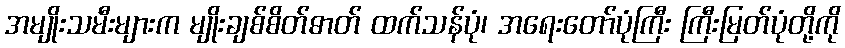
အမျိုးသမီးများက မျိုးချစ်စိတ်ဓာတ် ထက်သန်ပုံ၊ အရေးတော်ပုံကြီး ကြီးမြတ်ပုံတို့ကို